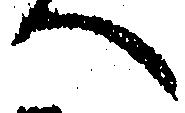
へ